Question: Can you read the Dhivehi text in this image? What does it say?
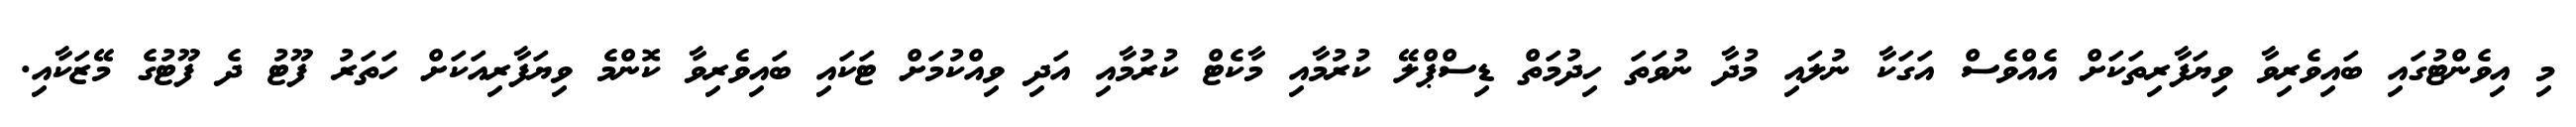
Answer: މި އިވެންޓުގައި ބައިވެރިވާ ވިޔަފާރިތަކަށް އެއްވެސް އަގަކާ ނުލައި މުދާ ނުވަތަ ހިދުމަތް ޑިސްޕްލޭ ކުރުމާއި މާކެޓް ކުރުމާއި އަދި ވިއްކުމަށް ޓަކައި ބައިވެރިވާ ކޮންމެ ވިޔަފާރިއަކަށް ހަތަރު ފޫޓު ދެ ފޫޓުގެ މޭޒަކާއި.